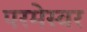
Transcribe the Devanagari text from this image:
परमेस्वर